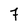
Character: 7